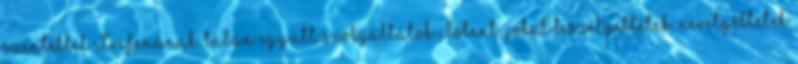
szenteltél Trifenának, talán együtt szolgáltátok Istent, jókat beszélgettetek, nevetgéltetek